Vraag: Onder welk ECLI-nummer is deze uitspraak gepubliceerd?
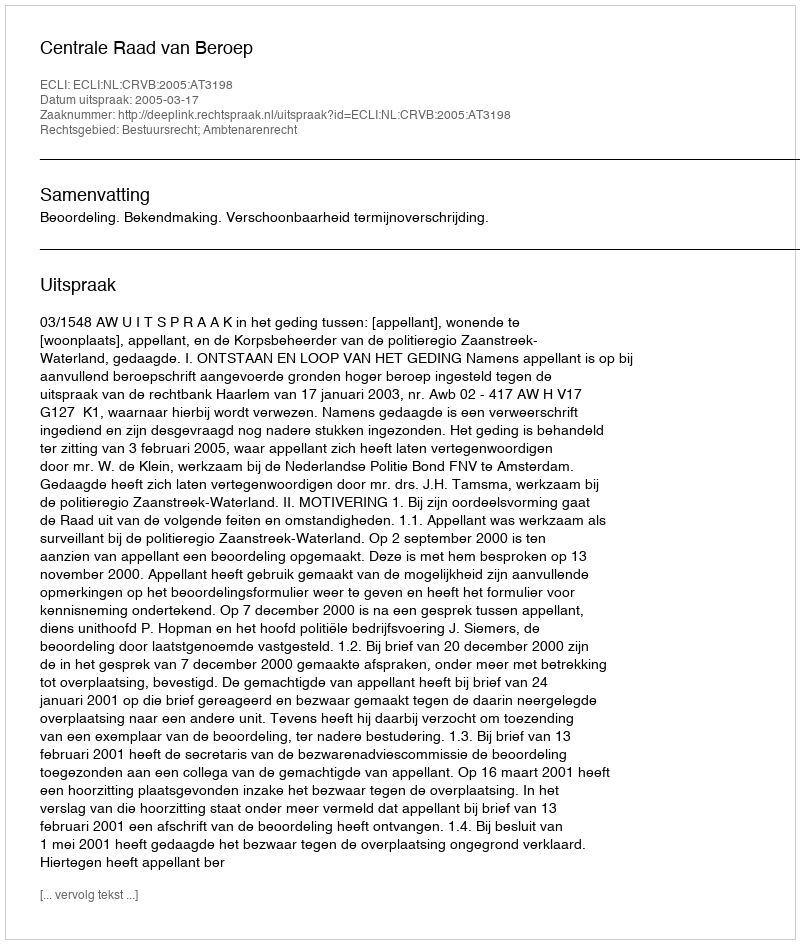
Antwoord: ECLI:NL:CRVB:2005:AT3198